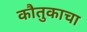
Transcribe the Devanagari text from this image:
कौतुकाचा